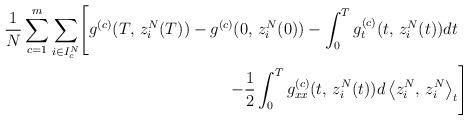
LaTeX: \begin{align*}\frac{1}{N}\sum_{c=1}^{m}\sum_{i\in I_{c}^{N}}\Biggl[g^{(c)}(T,\,z_{i}^{N}(T))-g^{(c)}(0,\,z_{i}^{N}(0))-\int_{0}^{T}g_{t}^{(c)}(t,\,z_{i}^{N}(t))dt\\-\frac{1}{2}\int_{0}^{T}g_{xx}^{(c)}(t,\,z_{i}^{N}(t))d\left\langle z_{i}^{N},\,z_{i}^{N}\right\rangle _{t} & \Biggr] \end{align*}